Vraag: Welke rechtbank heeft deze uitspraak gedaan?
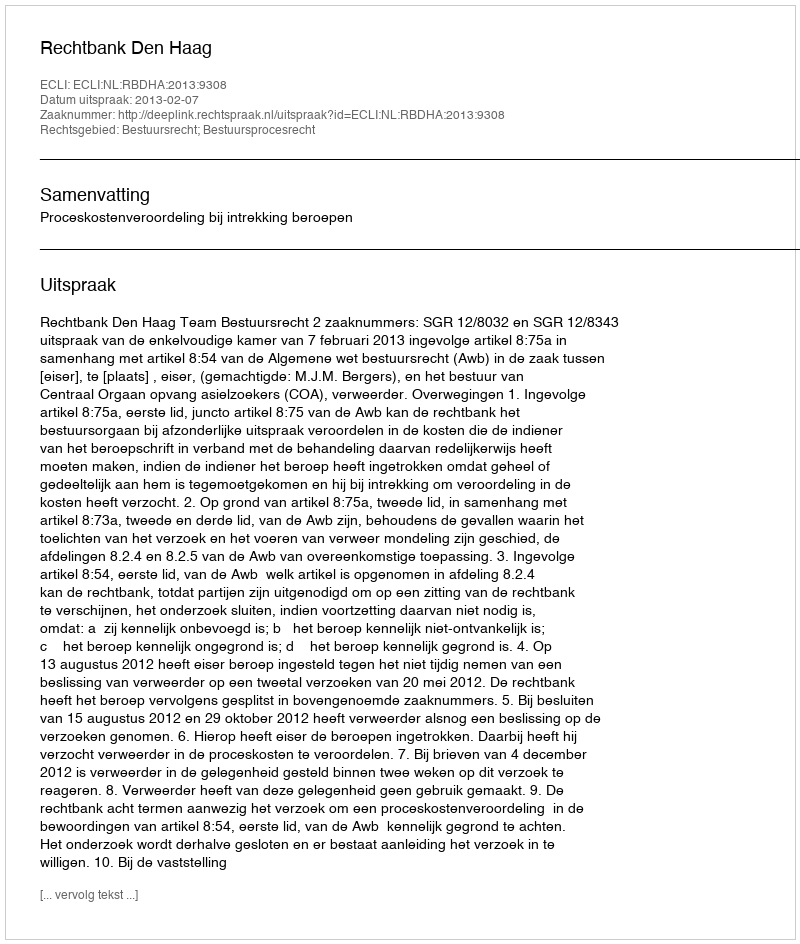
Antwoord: Rechtbank Den Haag